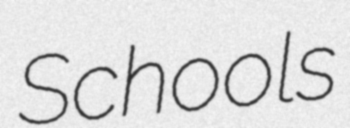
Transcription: Schools